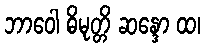
ဘာဝေါ ဓိမုတ္တိ ဆန္ဒော ထ၊